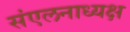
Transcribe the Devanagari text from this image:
संएलनाध्यक्ष